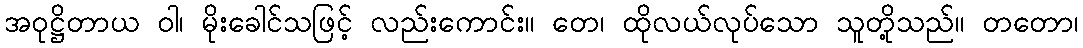
အဝုဋ္ဌိတာယ ဝါ၊ မိုးခေါင်သဖြင့် လည်းကောင်း။ တေ၊ ထိုလယ်လုပ်သော သူတို့သည်။ တတော၊